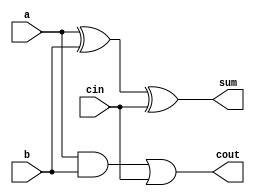
module full_adder2(a,b,cin,sum,cout);
input a,b,cin;
output sum,cout;
assign sum = a^b^cin;
assign cout = a&b|cin&(1'b1|b); 
// initial begin
//     $display("The incorrect adder with or0 having in1/1");
// end   
endmodule